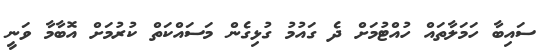
ސައިބާ ހަމަލާތައް ހުއްޓުމަށް ދެ ގައުމު ގުޅިގެން މަސައްކަތް ކުރުމަށް އޮބާމާ ވަނީ